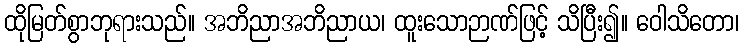
ထိုမြတ်စွာဘုရားသည်။ အဘိညာအဘိညာယ၊ ထူးသောဉာဏ်ဖြင့် သိပြီး၍။ ဝေါသိတော၊